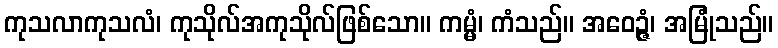
ကုသလာကုသလံ၊ ကုသိုလ်အကုသိုလ်ဖြစ်သော။ ကမ္မံ၊ ကံသည်။ အဝေဉ္ဇံ၊ အမြုံသည်။